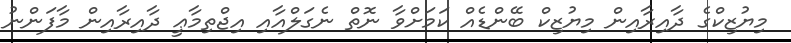
މިޔުޒިކްގެ ދާއިރާއިން މިޔުޒިކް ބޭންޑެއް ކަމަށްވާ ނޮތް ނެގަލްއާއި އިޖްތިމާޢީ ދާއިރާއިން މާފަންނު